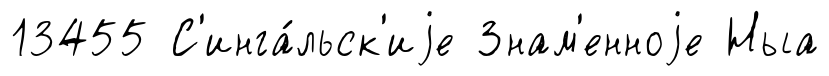
13455 С'инга́льск'иjе Знам'енноjе Ныа